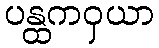
ပန္ထကဝှယာ